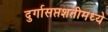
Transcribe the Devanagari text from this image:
दुर्गासप्तशतीमध्ये